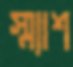
স্ম্যাশ